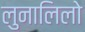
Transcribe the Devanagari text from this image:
लुनालिलो